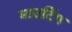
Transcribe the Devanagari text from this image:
माउटिंग